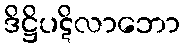
ဒိဋ္ဌိပဋိလာဘော